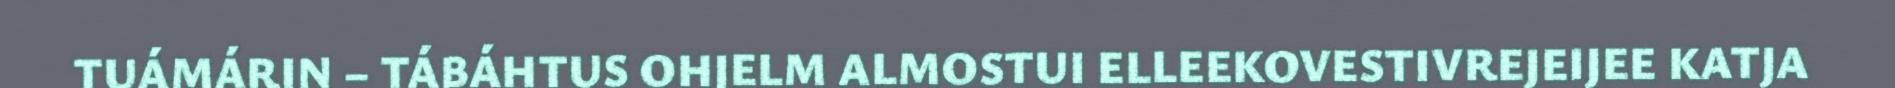
TUÁMÁRIN – TÁBÁHTUS OHJELM ALMOSTUI ELLEEKOVESTIVREJEIJEE KATJA